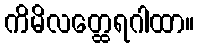
ကိမိလတ္ထေရဂါထာ။